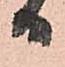
日